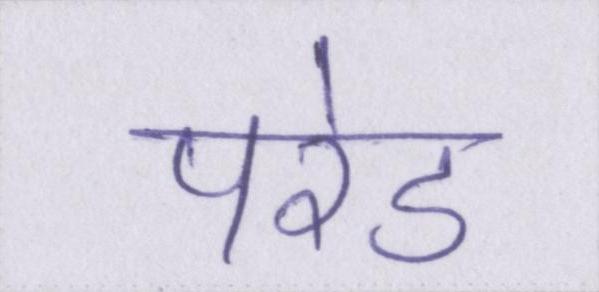
परेड